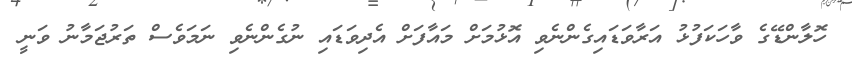
ހޮލާންޑޭގެ ވާހަކަފުޅު އަރާވަޑައިގެންނެވި އޮޅުމަށް މައާފަށް އެދިވަޑައި ނުގެންނެވި ނަމަވެސް ތަރުޖަމާނު ވަނީ